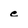
Character: c